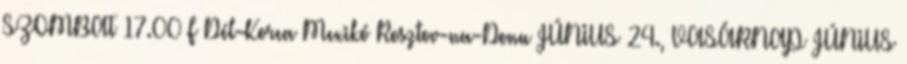
SZOMBAT 17.00 F Dél-Korea–Mexikó Rosztov-na-Donu JÚNIUS 24., VASÁRNAP JÚNIUS